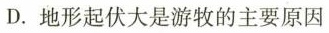
D. 地形起伏大是游牧的主要原因